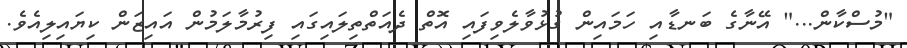
"މުސްކާން..." އޭނާގެ ބަނޑާއި ހަމައިން ގުޅުވާލެވިފައި އޮތް ދެއަތްތިލައިގައި ފިރުމާލަމުން އައިޒަން ކިޔައިލިއެވެ.